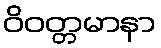
ဝိဝတ္တမာနာ